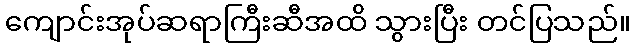
ကျောင်းအုပ်ဆရာကြီးဆီအထိ သွားပြီး တင်ပြသည်။